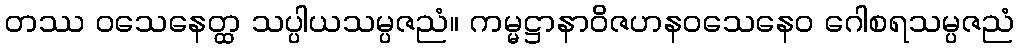
တဿ ဝသေနေတ္ထ သပ္ပါယသမ္ပဇညံ။ ကမ္မဋ္ဌာနာဝိဇဟနဝသေနေဝ ဂေါစရသမ္ပဇညံ